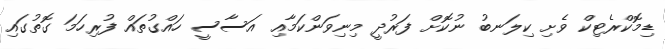
ޑިމޮކްރެޓިކް ވެށި ކިލަނބު ނުކޮށް ފަރުދީ މިނިވަންކަމާއި އަސާސީ ހައްގުތައް ފުރިހަމަ ގޮތުގައި